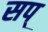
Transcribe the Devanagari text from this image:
सप्